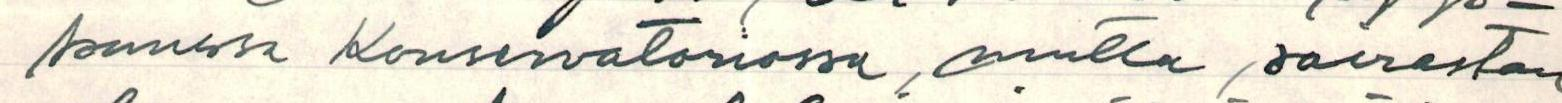
kuussa Konservatoriossa, mutta sairastan